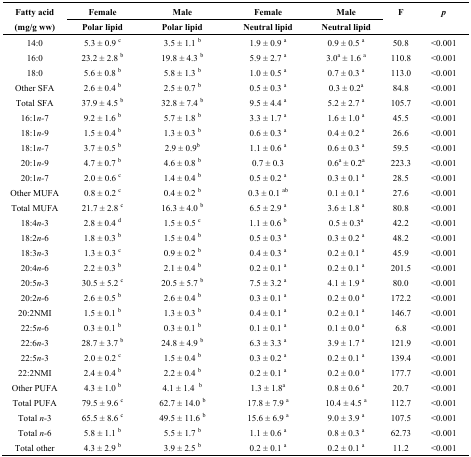
<table><thead><tr><td rowspan="2"><b>Fatty acid (mg/g ww)</b></td><td><b>Female </b></td><td><b>Male</b></td><td><b>Female</b></td><td><b>Male</b></td><td rowspan="2"><b>F</b></td><td rowspan="2"><b><i>p</i></b></td></tr><tr><td><b>Polar lipid</b></td><td><b>Polar lipid</b></td><td><b>Neutral lipid</b></td><td><b>Neutral lipid</b></td></tr></thead><tbody><tr><td>14:0</td><td>5.3 ± 0.9 <sup>c</sup></td><td>3.5 ± 1.1 <sup>b</sup></td><td>1.9 ± 0.9 <sup>a</sup></td><td>0.9 ± 0.5 <sup>a</sup></td><td>50.8</td><td>&lt;0.001</td></tr><tr><td>16:0</td><td>23.2 ± 2.8 <sup>b</sup></td><td>19.8 ± 4.3 <sup>b</sup></td><td>5.9 ± 2.7 <sup>a</sup></td><td>3.0<sup>a</sup> ± 1.6 <sup>a</sup></td><td>110.8</td><td>&lt;0.001</td></tr><tr><td>18:0</td><td>5.6 ± 0.8 <sup>b</sup></td><td>5.8 ± 1.3 <sup>b</sup></td><td>1.0 ± 0.5 <sup>a</sup></td><td>0.7 ± 0.3 <sup>a</sup></td><td>113.0</td><td>&lt;0.001</td></tr><tr><td>Other SFA</td><td>2.6 ± 0.4 <sup>b</sup></td><td>2.5 ± 0.7 <sup>b</sup></td><td>0.5 ± 0.3 <sup>a</sup></td><td>0.3 ± 0.2<sup>a</sup></td><td>84.8</td><td>&lt;0.001</td></tr><tr><td>Total SFA</td><td>37.9 ± 4.5 <sup>b</sup></td><td>32.8 ± 7.4 <sup>b</sup></td><td>9.5 ± 4.4 <sup>a</sup></td><td>5.2 ± 2.7 <sup>a</sup></td><td>105.7</td><td>&lt;0.001</td></tr><tr><td>16:1<i>n-</i>7</td><td>9.2 ± 1.6 <sup>b</sup></td><td>5.7 ± 1.8 <sup>b</sup></td><td>3.3 ± 1.7 <sup>a</sup></td><td>1.6 ± 1.0 <sup>a</sup></td><td>45.5</td><td>&lt;0.001</td></tr><tr><td>18:1<i>n-</i>9</td><td>1.5 ± 0.4 <sup>b</sup></td><td>1.3 ± 0.3 <sup>b</sup></td><td>0.6 ± 0.3 <sup>a</sup></td><td>0.4 ± 0.2 <sup>a</sup></td><td>26.6</td><td>&lt;0.001</td></tr><tr><td>18:1<i>n-</i>7</td><td>3.7 ± 0.5 <sup>b</sup></td><td>2.9 ± 0.9<sup>b</sup></td><td>1.1 ± 0.6 <sup>a</sup></td><td>0.6 ± 0.3 <sup>a</sup></td><td>59.5</td><td>&lt;0.001</td></tr><tr><td>20:1<i>n-</i>9</td><td>4.7 ± 0.7 <sup>b</sup></td><td>4.6 ± 0.8 <sup>b</sup></td><td>0.7 ± 0.3 </td><td>0.6<sup>a</sup> ± 0.2<sup>a</sup></td><td>223.3</td><td>&lt;0.001</td></tr><tr><td>20:1<i>n-</i>7</td><td>2.0 ± 0.6 <sup>c</sup></td><td>1.4 ± 0.4 <sup>b</sup></td><td>0.5 ± 0.2 <sup>a</sup></td><td>0.3 ± 0.1 <sup>a</sup></td><td>28.5</td><td>&lt;0.001</td></tr><tr><td>Other MUFA</td><td>0.8 ± 0.2 <sup>c</sup></td><td>0.4 ± 0.2 <sup>b</sup></td><td>0.3 ± 0.1 <sup>ab</sup></td><td>0.1 ± 0.1 <sup>a</sup></td><td>27.6</td><td>&lt;0.001</td></tr><tr><td>Total MUFA</td><td>21.7 ± 2.8 <sup>c</sup></td><td>16.3 ± 4.0 <sup>b</sup></td><td>6.5 ± 2.9 <sup>a</sup></td><td>3.6 ± 1.8 <sup>a</sup></td><td>80.8</td><td>&lt;0.001</td></tr><tr><td>18:4<i>n-</i>3</td><td>2.8 ± 0.4 <sup>d</sup></td><td>1.5 ± 0.5 <sup>c</sup></td><td>1.1 ± 0.6 <sup>b</sup></td><td>0.5 ± 0.3<sup>a</sup></td><td>42.2</td><td>&lt;0.001</td></tr><tr><td>18:2<i>n-</i>6</td><td>1.8 ± 0.3 <sup>b</sup></td><td>1.5 ± 0.4 <sup>b</sup></td><td>0.5 ± 0.3 <sup>a</sup></td><td>0.3 ± 0.2 <sup>a</sup></td><td>48.2</td><td>&lt;0.001</td></tr><tr><td>18:3<i>n-</i>3</td><td>1.3 ± 0.3 <sup>c</sup></td><td>0.9 ± 0.2 <sup>b</sup></td><td>0.4 ± 0.3 <sup>a</sup></td><td>0.2 ± 0.1 <sup>a</sup></td><td>45.9</td><td>&lt;0.001</td></tr><tr><td>20:4<i>n-</i>6</td><td>2.2 ± 0.3 <sup>b</sup></td><td>2.1 ± 0.4 <sup>b</sup></td><td>0.2 ± 0.1 <sup>a</sup></td><td>0.2 ± 0.1 <sup>a</sup></td><td>201.5</td><td>&lt;0.001</td></tr><tr><td>20:5<i>n-</i>3</td><td>30.5 ± 5.2 <sup>c</sup></td><td>20.5 ± 5.7 <sup>b</sup></td><td>7.5 ± 3.2 <sup>a</sup></td><td>4.1 ± 1.9 <sup>a</sup></td><td>80.0</td><td>&lt;0.001</td></tr><tr><td>20:2<i>n-</i>6</td><td>2.6 ± 0.5 <sup>b</sup></td><td>2.6 ± 0.4 <sup>b</sup></td><td>0.3 ± 0.1 <sup>a</sup></td><td>0.2 ± 0.0 <sup>a</sup></td><td>172.2</td><td>&lt;0.001</td></tr><tr><td>20:2NMI</td><td>1.5 ± 0.1 <sup>b</sup></td><td>1.3 ± 0.3 <sup>b</sup></td><td>0.4 ± 0.1 <sup>a</sup></td><td>0.2 ± 0.1 <sup>a</sup></td><td>146.7</td><td>&lt;0.001</td></tr><tr><td>22:5<i>n-</i>6</td><td>0.3 ± 0.1 <sup>b</sup></td><td>0.3 ± 0.1 <sup>b</sup></td><td>0.1 ± 0.1 <sup>a</sup></td><td>0.1 ± 0.0 <sup>a</sup></td><td>6.8</td><td>&lt;0.001</td></tr><tr><td>22:6<i>n-</i>3</td><td>28.7 ± 3.7 <sup>b</sup></td><td>24.8 ± 4.9 <sup>b</sup></td><td>6.3 ± 3.3 <sup>a</sup></td><td>3.9 ± 1.7 <sup>a</sup></td><td>121.9</td><td>&lt;0.001</td></tr><tr><td>22:5<i>n-</i>3</td><td>2.0 ± 0.2 <sup>c</sup></td><td>1.5 ± 0.4 <sup>b</sup></td><td>0.3 ± 0.2 <sup>a</sup></td><td>0.2 ± 0.1 <sup>a</sup></td><td>139.4</td><td>&lt;0.001</td></tr><tr><td>22:2NMI</td><td>2.4 ± 0.4 <sup>b</sup></td><td>2.2 ± 0.4 <sup>b</sup></td><td>0.2 ± 0.1 <sup>a</sup></td><td>0.2 ± 0.0 <sup>a</sup></td><td>177.7</td><td>&lt;0.001</td></tr><tr><td>Other PUFA</td><td>4.3 ± 1.0 <sup>b</sup></td><td>4.1 ± 1.4 <sup>b</sup></td><td>1.3 ± 1.8<sup>a</sup></td><td>0.8 ± 0.6 <sup>a</sup></td><td>20.7</td><td>&lt;0.001</td></tr><tr><td>Total PUFA</td><td>79.5 ± 9.6 <sup>c</sup></td><td>62.7 ± 14.0 <sup>b</sup></td><td>17.8 ± 7.9 <sup>a</sup></td><td>10.4 ± 4.5 <sup>a</sup></td><td>112.7</td><td>&lt;0.001</td></tr><tr><td>Total <i>n-</i>3</td><td>65.5 ± 8.6 <sup>c</sup></td><td>49.5 ± 11.6 <sup>b</sup></td><td>15.6 ± 6.9 <sup>a</sup></td><td>9.0 ± 3.9 <sup>a</sup></td><td>107.5</td><td>&lt;0.001</td></tr><tr><td>Total <i>n-</i>6</td><td>5.8 ± 1.1 <sup>b</sup></td><td>5.5 ± 1.7 <sup>b</sup></td><td>1.1 ± 0.6 <sup>a</sup></td><td>0.8 ± 0.3 <sup>a</sup></td><td>62.73</td><td>&lt;0.001</td></tr><tr><td>Total other</td><td>4.3 ± 2.9 <sup>b</sup></td><td>3.9 ± 2.5 <sup>b</sup></td><td>0.2 ± 0.1 <sup>a</sup></td><td>0.2 ± 0.1 <sup>a</sup></td><td>11.2</td><td>&lt;0.001</td></tr></tbody></table>